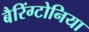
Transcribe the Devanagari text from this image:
बैरिंग्टोनिया